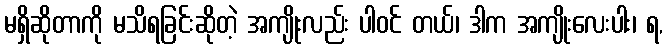
မရှိဆိုတာကို မသိရခြင်းဆိုတဲ့ အကျိုးလည်း ပါဝင် တယ်၊ ဒါက အကျိုးလေးပါး၊ ရ,